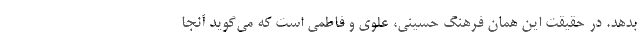
بدهد. در حقیقت این همان فرهنگ حسینی، علوی و فاطمی است که می‌گوید آنجا